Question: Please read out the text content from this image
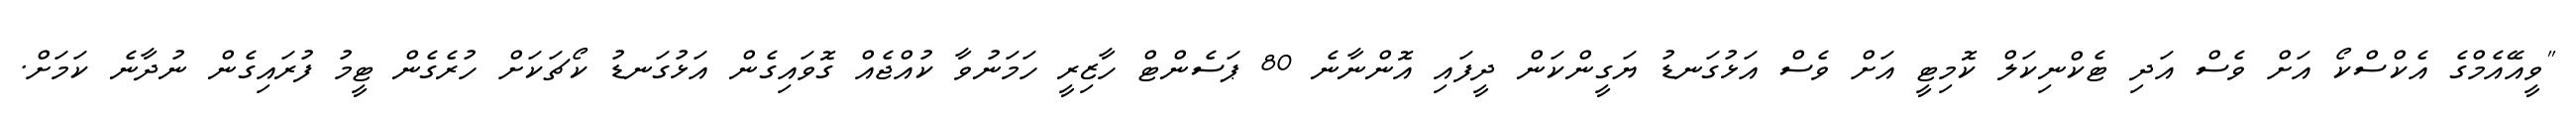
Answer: "ވީއޭއެމްގެ އެކްސްކޯ އަށް ވެސް އަދި ޓެކްނިކަލް ކޮމިޓީ އަށް ވެސް އަޅުގަނޑު ޔަގީންކަން ދީފައި އޮންނާނެ 80 ޕަސެންޓް ހާޒިރީ ހަމަނުވާ ކުއްޖެއް ގޮވައިގެން އަޅުގަނޑު ކޯޗަކަށް ހުރެގެން ޓީމު ފުރައިގެން ނުދާނެ ކަމަށް.